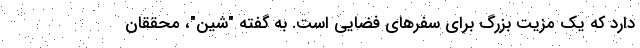
دارد که یک مزیت بزرگ برای سفرهای فضایی است. به گفته "شین"، محققان